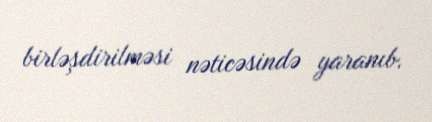
birləşdirilməsi nəticəsində yaranıb.